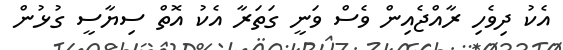
އެކު ދިވެހި ރާއްޖެއިން ވެސް ވަނީ ގަތަރާ އެކު އޮތް ސިޔާސީ ގުޅުން